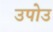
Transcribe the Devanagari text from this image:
उपोउ